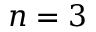
n = 3